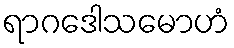
ရာဂဒေါသမောဟံ